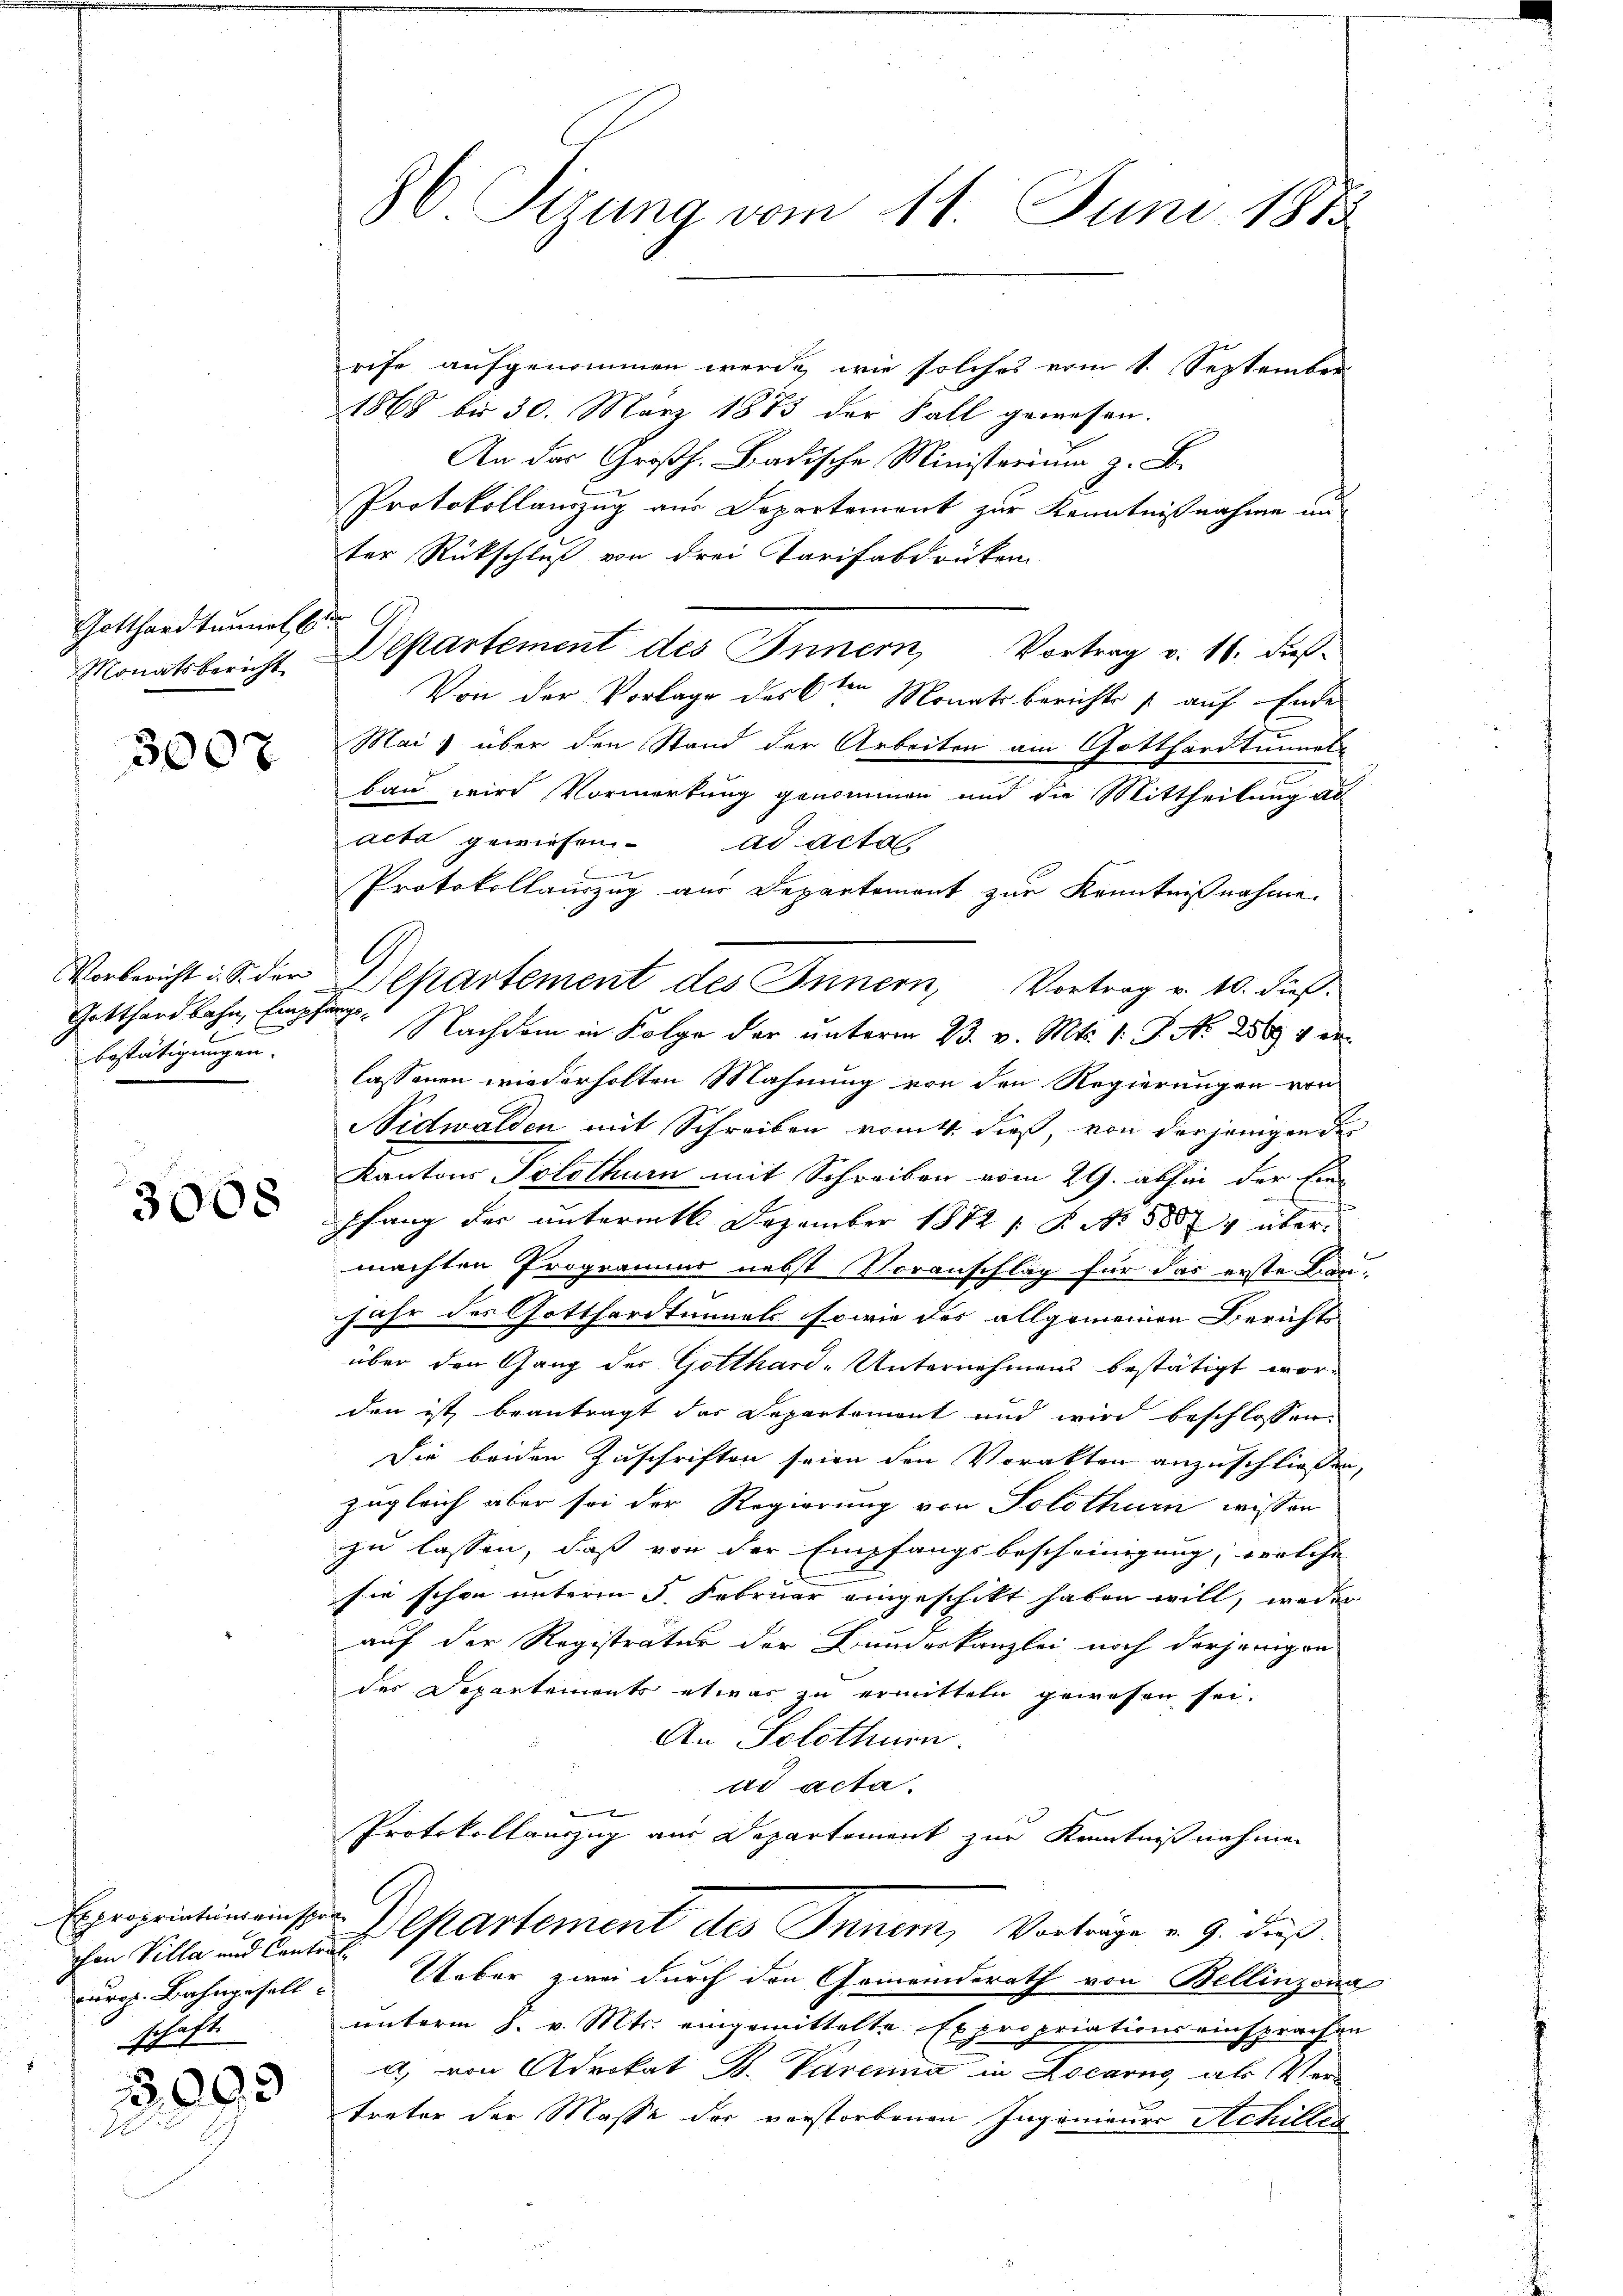
Gotthardtunnel b

5007

Gotthardbahn, Empfangebestätigungen.

3008

chon Villa und Contral
curg. Bahngesell
schaft.

3093

86. Sizung vom 11. Juni 1875

rife aufgenommen werde, wie solches vom 1. September
1868 bis 30. März 1873 der Fall gewesen.
.
Protokollauszug aus Departement zur Kenntnißnahme un
ter Rückschluß von drei Tarifabdrücken
Monatsbericht Departement des Innern, Vortrag v. 16. dieß¬
Von der Vorlage des 6ten Monatsberichts p auf Ende
Mai) über den Stand der Arbeiten am Gotthardtunnel-
bau wird Vormerkung genommen und die Mittheilung al
acta gewiesen. ad acta.
B
Protokollauszug aus Departement zur Kenntnißnahme.
Vorbericht u. S. der Departement des Innern, Vortrag v. 10. dieß.
Nachdem in Folge der unterm 23. v. Mts. 1. P. Nr. 256 ver
lassenen wiederholten Mahnung von den Regierungen von
Nidwalden mit Schreiben womit dieß, von derjenigen der
Kantons Solothurn mit Schreiben vom 29. abhin der Ein-
pfang der unterm 16. Dezember 1872 / P. Nr. 1884 über.
machten Programms nebst Voranschlag für das erste Baujahr des Gotthardtunnels sowie des allgemeinen Berichts
über den Gang der Gotthard-Unternehmens bestätigt worden ist, beantragt das Departement und wird beschlossen:
Die beiden Zuschriften seien den Vorakten anzuschließen,
zugleich aber sei der Regierung von Solothur wissen
zu lassen, daß von der Empfangsbescheinigung, welche
sie schon unterm 5. Februar eingeschickt haben will, weder
auf der Registratur der Bunderkanzlei noch derjenigen
des Departements etwas zu ermitteln gewesen sei.
An Solothurn.
ad acta.
Protokollauszug aus Departement zur Kenntnißnahmen
Expropriationaissar Departement des Innern, Vorträge v. 9. dieß.
Ueber zwei durch den Gemeinderath von Bellinzona
unterm 8. v. Mts. eingemittelte. Expropriationseinsprachen
a) von Advokat B. Parena in Locarno, als Vertreter der Masse der verstorbenen Ingenieurs Schilles

A

.